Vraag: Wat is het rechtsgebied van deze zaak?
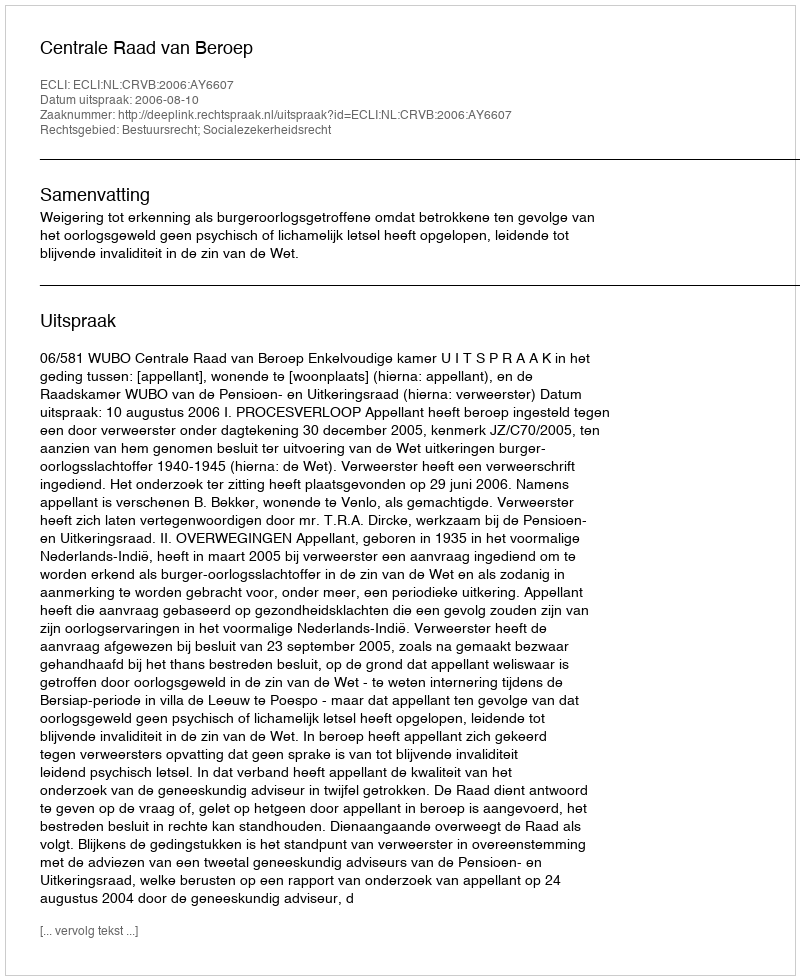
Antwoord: Bestuursrecht; Socialezekerheidsrecht